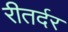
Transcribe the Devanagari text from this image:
रीतर्दर